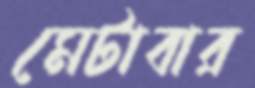
মেটাবার